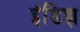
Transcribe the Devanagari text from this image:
इंडिझ